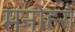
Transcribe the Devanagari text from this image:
मनोहरो